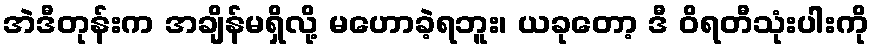
အဲဒီတုန်းက အချိန်မရှိလို့ မဟောခဲ့ရဘူး၊ ယခုတော့ ဒီ ဝိရတီသုံးပါးကို